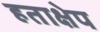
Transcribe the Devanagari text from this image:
हताक्षेप